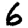
Digit: 6